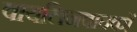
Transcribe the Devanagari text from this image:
वायलिनवादकों